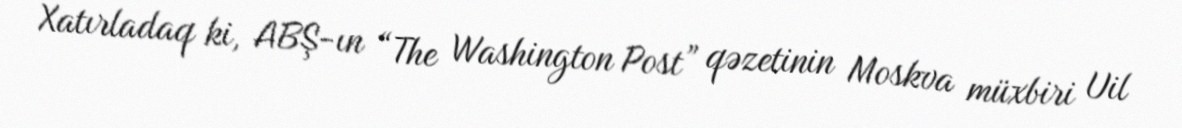
Xatırladaq ki, ABŞ-ın “The Washington Post” qəzetinin Moskva müxbiri Uil